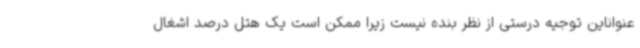
عنواناین توجیه درستی از نظر بنده نیست زیرا ممکن است یک هتل درصد اشغال